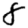
Digit: 8